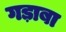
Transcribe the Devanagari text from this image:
गड़ाबा